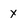
Character: x